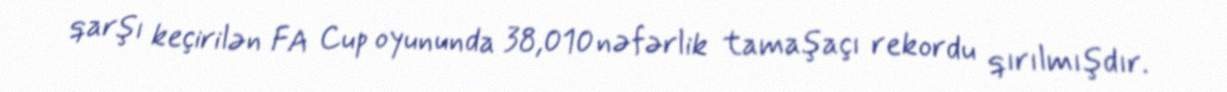
qarşı keçirilən FA Cup oyununda 38,010 nəfərlik tamaşaçı rekordu qırılmışdır.